NAE_kihelkonnakohtute_kirjad_ja_protokollid_1869-1889, lk 13
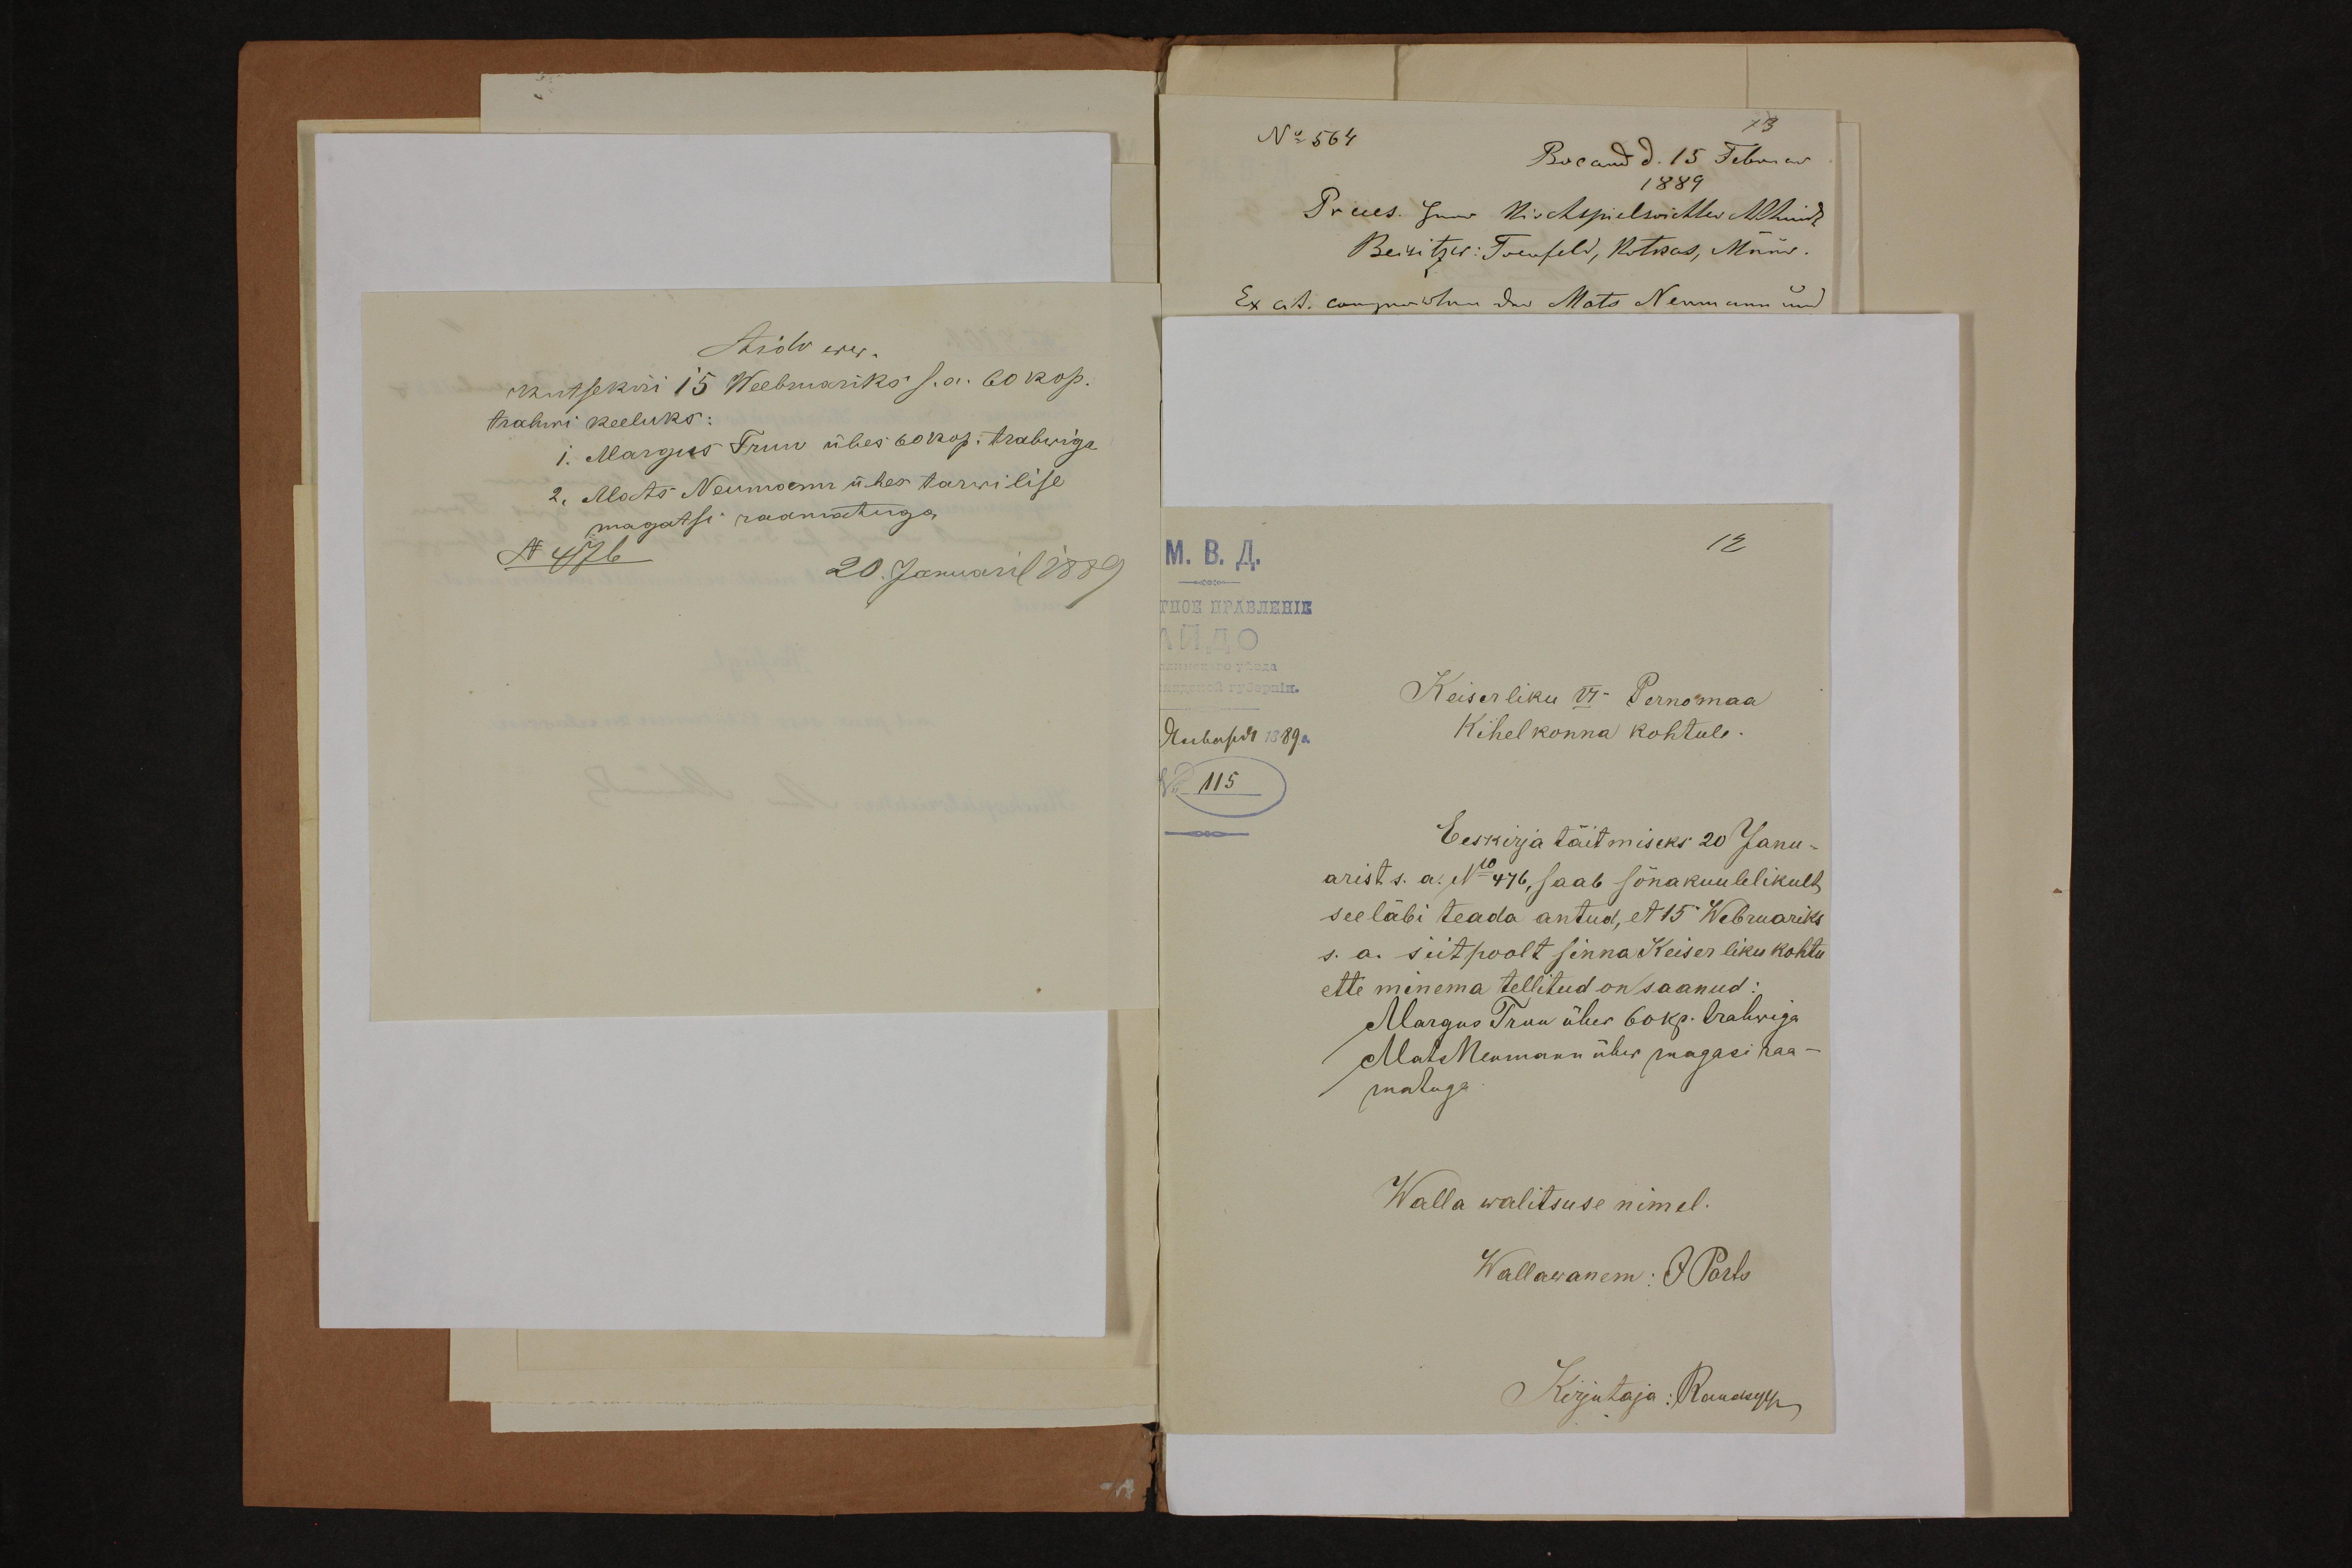
Aidu ww.
Kutsekiri 15 Weebruariks s.a. 60 kop.
trahwi keeluks:
1. Margus Truu ühes 60 kop. trahwiga
2. Mats Neumann ühes tarwilise
magatsi raamatuga
N 476
20 Januaril 1889

1889
Keiserliku VI Pernomaa
Kihelkonna kohtule.
Eeskirja täitmiseks 20 Janu-
arist s. a. No 476, saab sõnakuulelikult
see läbi teada antud, et 15 Webruariks
s. a. siitpoolt sinna Keiserliku kohtu
ette minema tellitud on saanud:
Margus Truu ühes 6okp. trahwiga
Mats Neumann ühes magasi raa-
matuga
Walla walitsuse nimel.
Wallawanem: JParts
Kirjutaja: Raudsepp